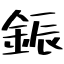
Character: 鋠